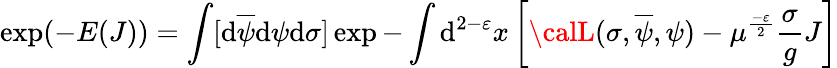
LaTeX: \exp(-E(J))=\int[\mathrm{d}\overline{{{{\psi}}}}\mathrm{d}\psi\mathrm{d}\sigma]\exp-\int\mathrm{d}^{2-\varepsilon}x\left[{\calL}(\sigma,\overline{{{{\psi}}}},\psi)-\mu^{\frac{{-\varepsilon}}{{2}}}\frac{{\sigma}}{{g}}J\right]